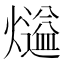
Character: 𤐹